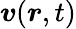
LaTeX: \boldsymbol{v}(\boldsymbol{r},t)